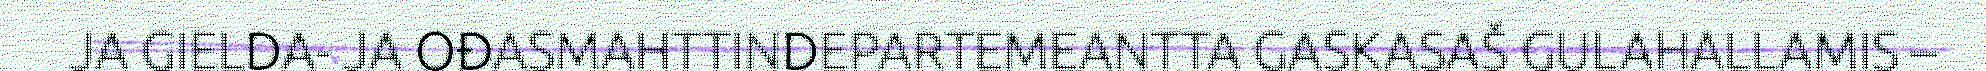
JA GIELDA- JA OĐASMAHTTINDEPARTEMEANTTA GASKASAŠ GULAHALLAMIS –